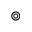
\circledcirc